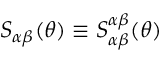
S _ { \alpha \beta } ( \theta ) \equiv S _ { \alpha \beta } ^ { \alpha \beta } ( \theta )